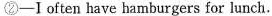
②-I often have hamburgers for lunch.